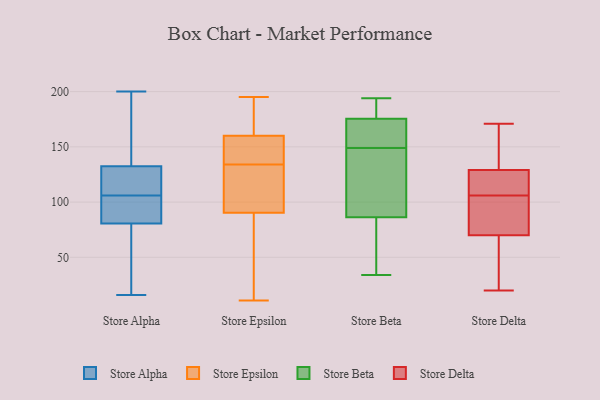
{"axis": {"x": "Gross Profit (USD K)", "y": "Value"}, "legend": ["Store Alpha", "Store Beta", "Store Delta", "Store Epsilon"], "data": [{"x": "", "y": 132, "type": "Store Alpha"}, {"x": "", "y": 98, "type": "Store Alpha"}, {"x": "", "y": 114, "type": "Store Alpha"}, {"x": "", "y": 43, "type": "Store Alpha"}, {"x": "", "y": 200, "type": "Store Alpha"}, {"x": "", "y": 95, "type": "Store Alpha"}, {"x": "", "y": 16, "type": "Store Alpha"}, {"x": "", "y": 133, "type": "Store Alpha"}, {"x": "", "y": 130, "type": "Store Alpha"}, {"x": "", "y": 192, "type": "Store Alpha"}, {"x": "", "y": 69, "type": "Store Alpha"}, {"x": "", "y": 92, "type": "Store Alpha"}, {"x": "", "y": 109, "type": "Store Epsilon"}, {"x": "", "y": 157, "type": "Store Epsilon"}, {"x": "", "y": 90, "type": "Store Epsilon"}, {"x": "", "y": 91, "type": "Store Epsilon"}, {"x": "", "y": 166, "type": "Store Epsilon"}, {"x": "", "y": 11, "type": "Store Epsilon"}, {"x": "", "y": 195, "type": "Store Epsilon"}, {"x": "", "y": 134, "type": "Store Epsilon"}, {"x": "", "y": 53, "type": "Store Epsilon"}, {"x": "", "y": 100, "type": "Store Epsilon"}, {"x": "", "y": 67, "type": "Store Epsilon"}, {"x": "", "y": 145, "type": "Store Epsilon"}, {"x": "", "y": 164, "type": "Store Epsilon"}, {"x": "", "y": 143, "type": "Store Epsilon"}, {"x": "", "y": 161, "type": "Store Epsilon"}, {"x": "", "y": 177, "type": "Store Beta"}, {"x": "", "y": 119, "type": "Store Beta"}, {"x": "", "y": 56, "type": "Store Beta"}, {"x": "", "y": 34, "type": "Store Beta"}, {"x": "", "y": 152, "type": "Store Beta"}, {"x": "", "y": 149, "type": "Store Beta"}, {"x": "", "y": 72, "type": "Store Beta"}, {"x": "", "y": 175, "type": "Store Beta"}, {"x": "", "y": 91, "type": "Store Beta"}, {"x": "", "y": 194, "type": "Store Beta"}, {"x": "", "y": 188, "type": "Store Beta"}, {"x": "", "y": 166, "type": "Store Beta"}, {"x": "", "y": 92, "type": "Store Beta"}, {"x": "", "y": 60, "type": "Store Delta"}, {"x": "", "y": 103, "type": "Store Delta"}, {"x": "", "y": 110, "type": "Store Delta"}, {"x": "", "y": 116, "type": "Store Delta"}, {"x": "", "y": 112, "type": "Store Delta"}, {"x": "", "y": 171, "type": "Store Delta"}, {"x": "", "y": 20, "type": "Store Delta"}, {"x": "", "y": 109, "type": "Store Delta"}, {"x": "", "y": 81, "type": "Store Delta"}, {"x": "", "y": 75, "type": "Store Delta"}, {"x": "", "y": 144, "type": "Store Delta"}, {"x": "", "y": 62, "type": "Store Delta"}, {"x": "", "y": 169, "type": "Store Delta"}, {"x": "", "y": 142, "type": "Store Delta"}, {"x": "", "y": 65, "type": "Store Delta"}, {"x": "", "y": 79, "type": "Store Delta"}]}